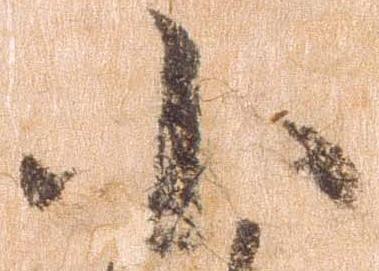
小